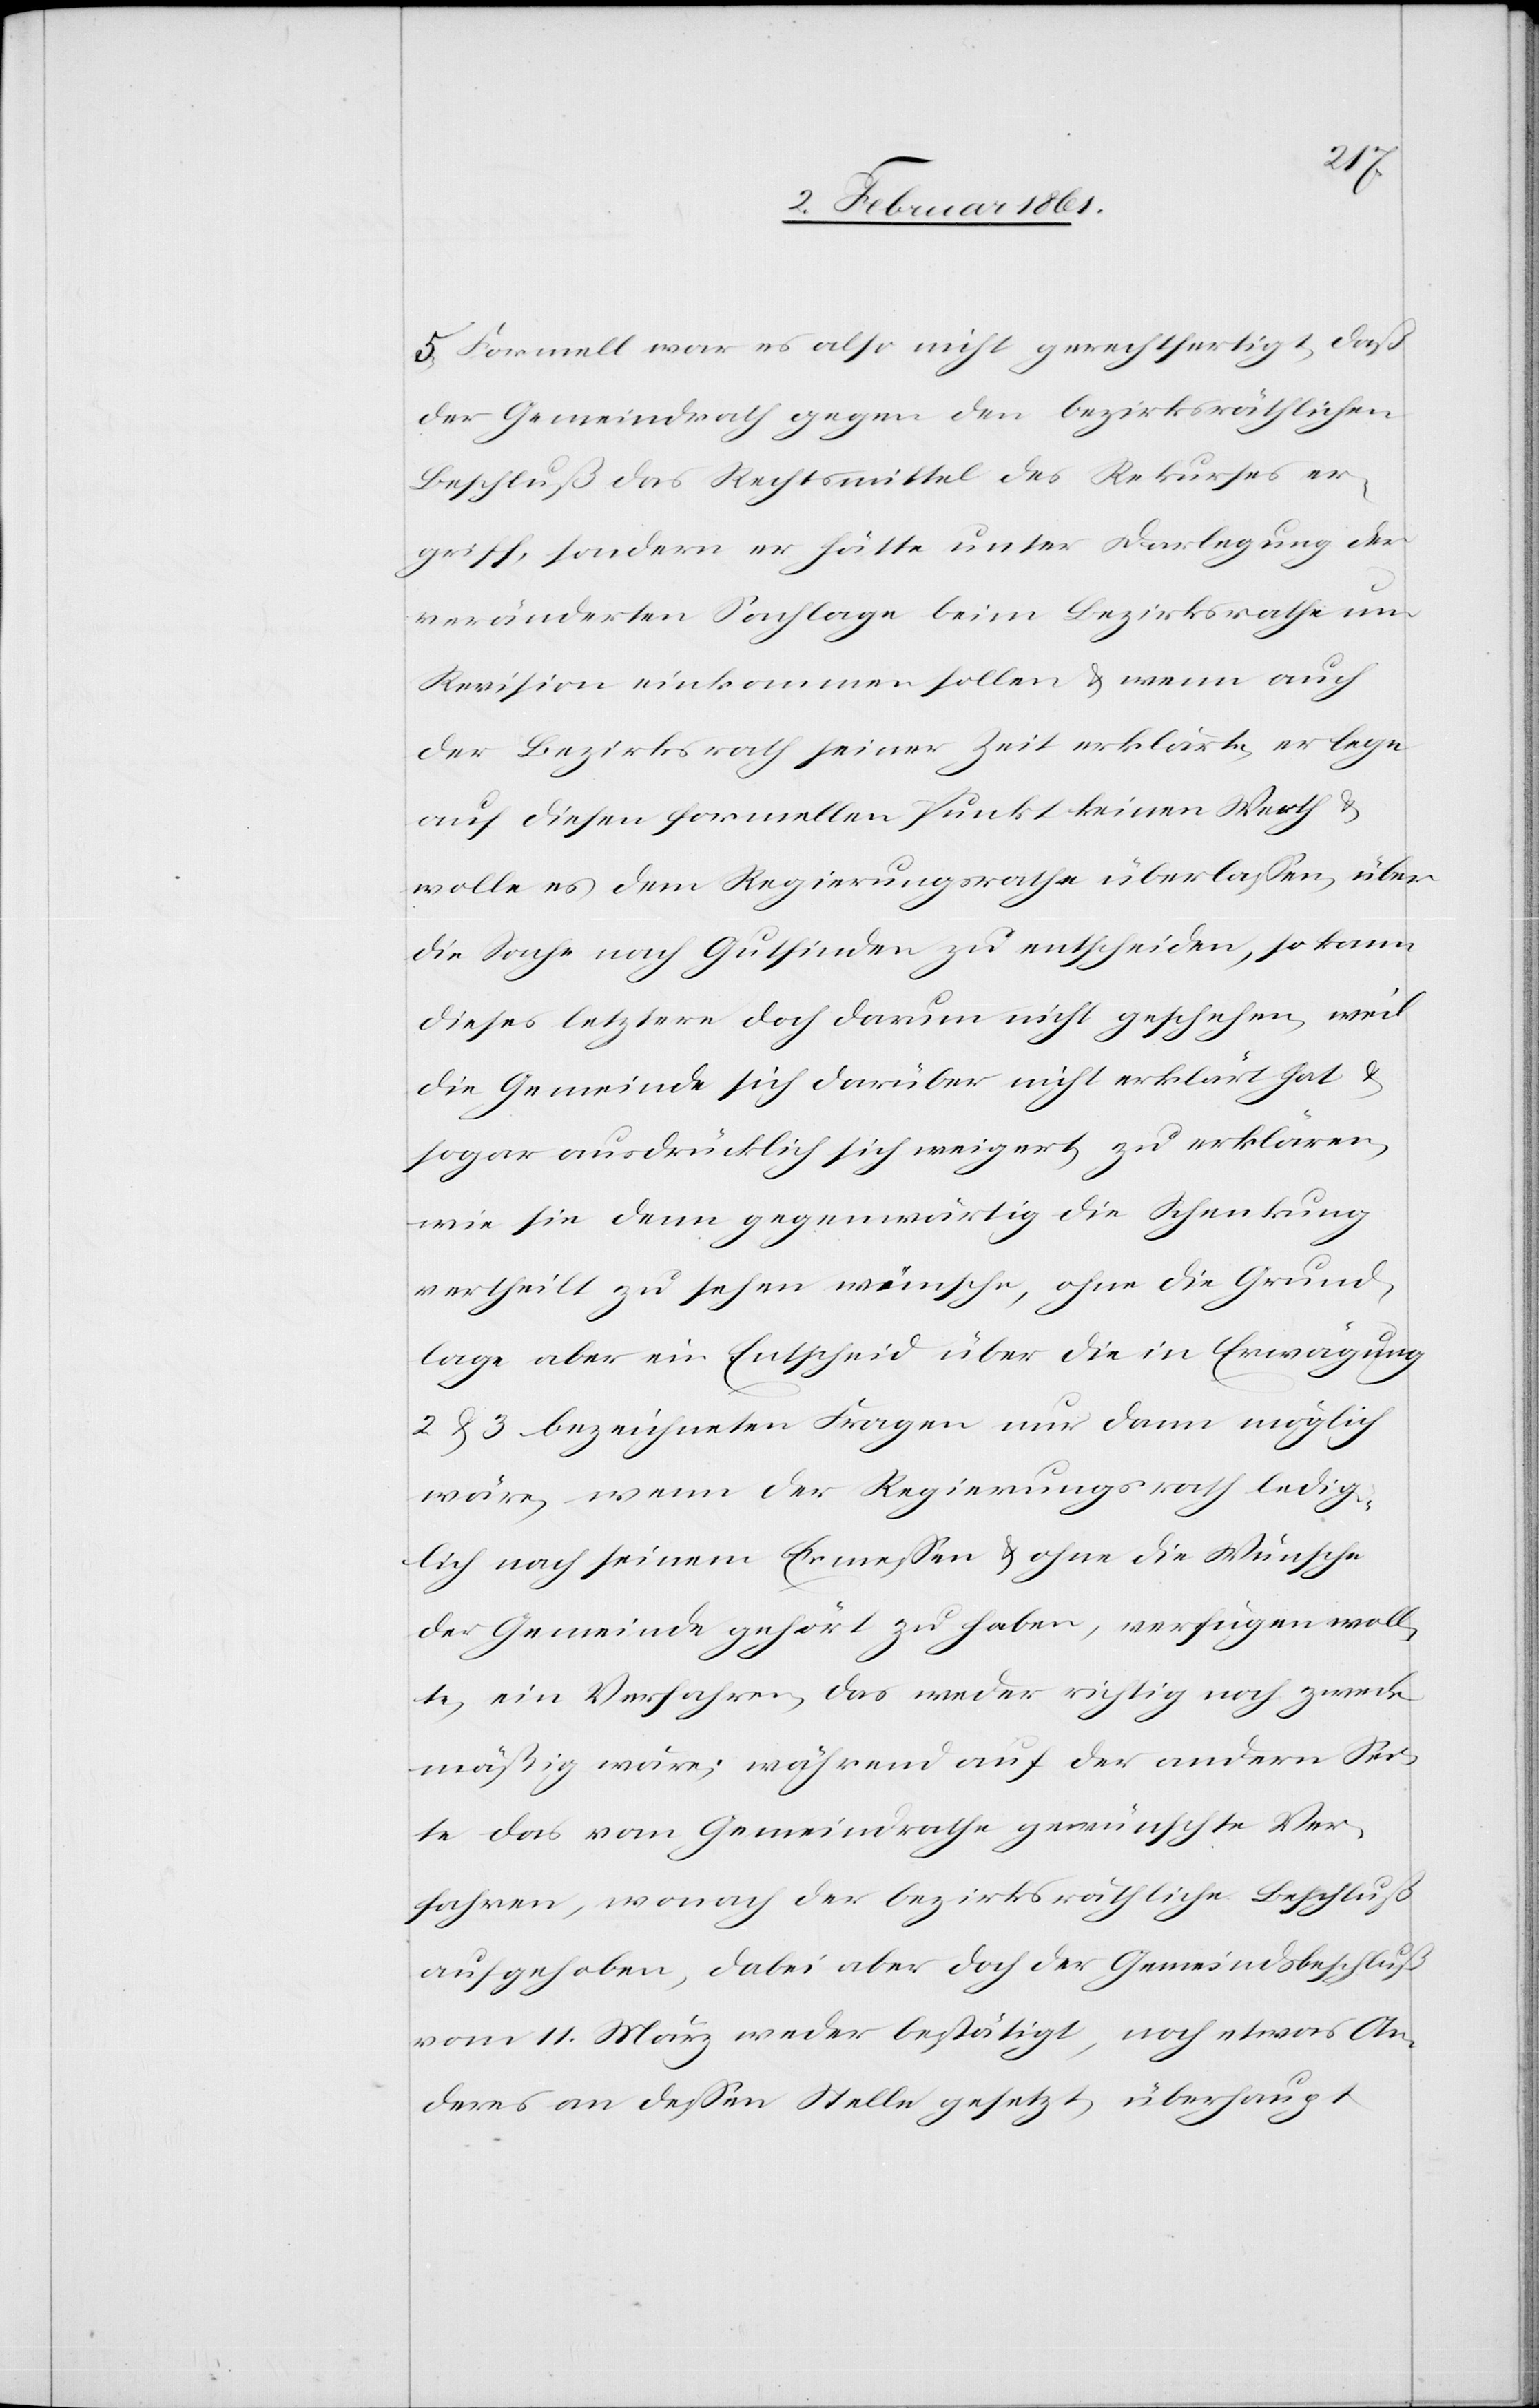
5) Formell war es also nicht gerechtfertigt, daß
der Gemeindrath gegen den bezirksräthlichen
Beschluß das Rechtsmittel des Rekurses er¬
griff, sondern er hätte unter Darlegung der
veränderten Sachlage beim Bezirksrathe um
Revision einkommen sollen u. wenn auch
der Bezirksrath seiner Zeit erklärte, er lege
auf diesen formellen Punkt keinen Werth, u.
wolle es dem Regierungsrathe überlassen, über
die Sache nach Gutfinden zu entschieden, so kann
dieses letztere doch darum nicht geschehen, weil
die Gemeinde sich darüber nicht erklärt hat u.
sogar ausdrücklich sich weigert, zu erklären,
wie sie dann gegenwärtig die Schenkung
vertheilt zu sehen wünsche, ohne die Grund¬
lage aber ein Entscheid über die in Erwägung
2 u. 3 bezeichneten Fragen nur dann möglich
wäre, wenn der Regierungsrath ledig¬
lich nach seinem Ermessen u. ohne die Wünsche
der Gemeinde gehört zu haben, verfügen woll¬
te, ein Verfahren, das weder richtig noch zweck¬
mäßig wäre; während auf der andern Sei¬
te das vom Gemeindrathe gewünschte Ver¬
fahren, wonach der bezirksräthliche Beschluß
aufgehoben, dabei aber doch der Gemeindsbeschluß
vom 11. März weder bestätigt, noch etwas an¬
deres an dessen Stelle gesetzt, überhaupt